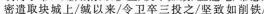
密遣取块城上/城以来/令卫卒三投之/坚致如削铁/